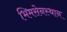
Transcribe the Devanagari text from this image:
भिमसेनस्थान